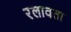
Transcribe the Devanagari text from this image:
रलावता